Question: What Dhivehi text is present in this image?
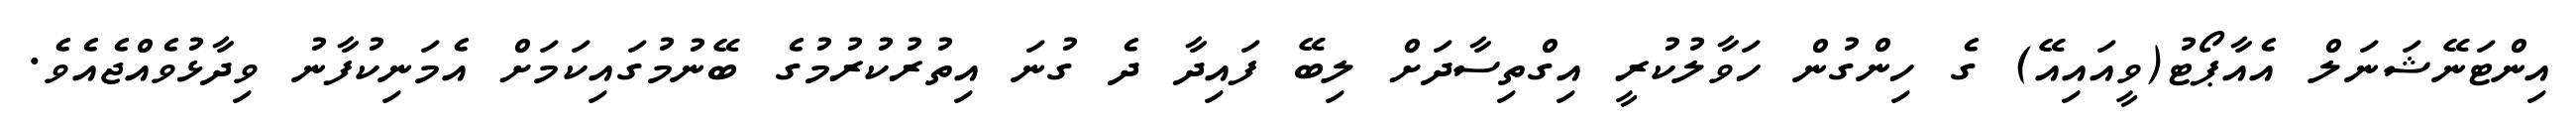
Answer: އިންޓަނޭޝަނަލް އެއާޕޯޓު(ވީއައިއޭ) ގެ ހިންގުން ހަވާލުކުރީ އިގްތިސާދަށް ލިބޭ ފައިދާ ދެ ގުނަ އިތުރުކުރުމުގެ ބޭނުމުގައިކަމަށް އެމަނިކުފާނު ވިދާޅުވެއްޖެއެވެ.